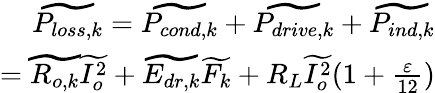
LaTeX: \begin{array}{r}{\widetilde{P_{loss,k}}=\widetilde{P_{cond,k}}+\widetilde{P_{drive,k}}+\widetilde{P_{ind,k}}}\\ {=\widetilde{R_{o,k}}\widetilde{I_{o}^{2}}+\widetilde{E_{dr,k}}\widetilde{F_{k}}+R_{L}\widetilde{I_{o}^{2}}(1+\frac{\varepsilon}{12})}\end{array}